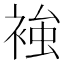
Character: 𧚴